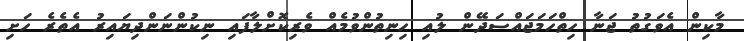
މާކިން އެވަގުތު ޖަނާ ހިތްހަމަޖައްސަދޭން ލުއި ހިނިތުންވުމެއް ވެރިކޮށްލާފައި ނިކުންނަންދިޔައިރު އެތެރެ ހަށި